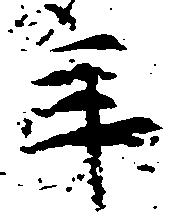
年